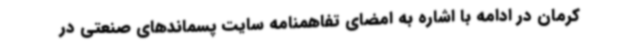
کرمان در ادامه با اشاره به امضای تفاهمنامه سایت پسماندهای صنعتی در